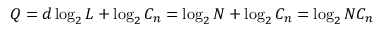
Q = d \log _ { 2 } { L } + \log _ { 2 } { C _ { n } } = \log _ { 2 } { N } + \log _ { 2 } { C _ { n } } = \log _ { 2 } { N C _ { n } }